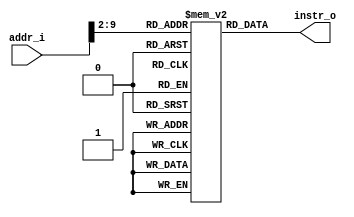
module Instruction_Memory
(
    input  [31:0] addr_i, 
    output [31:0] instr_o
);

// Instruction memory
reg     [31:0]     memory  [0:255];

assign  instr_o = memory[addr_i>>2];  

endmodule